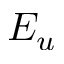
E _ { u }